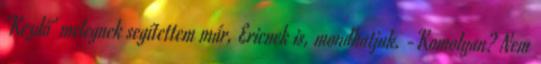
'Kezdő' melegnek segítettem már, Ericnek is, mondhatjuk. -Komolyan? Nem